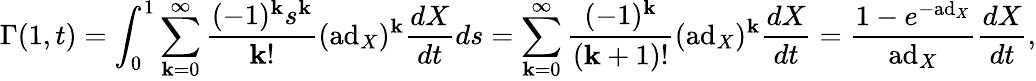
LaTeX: \Gamma(1,t)=\int_{0}^{1}\sum_{\mathbf{k}=0}^{\infty}{\frac{{(-1)^{\mathbf{k}}s^{\mathbf{k}}}}{{\mathbf{k}!}}}(\mathrm{{ad}}_{X})^{\mathbf{k}}{\frac{{dX}}{{dt}}}ds=\sum_{\mathbf{k}=0}^{\infty}{\frac{{(-1)^{\mathbf{k}}}}{{(\mathbf{k}+1)!}}}(\mathrm{{ad}}_{X})^{\mathbf{k}}{\frac{{dX}}{{dt}}}={\frac{{1-e^{-\mathrm{{ad}}_{X}}}}{{\mathrm{{ad}}_{X}}}}{\frac{{dX}}{{dt}}},